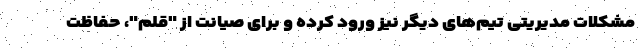
مشکلات مدیریتی تیم‌های دیگر نیز ورود کرده و برای صیانت از "قلم"، حفاظت